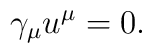
\gamma_\mu u^\mu = 0 .